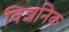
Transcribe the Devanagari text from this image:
विशनिक